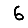
Digit: 6